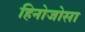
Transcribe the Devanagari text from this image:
हिनोजोसा